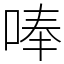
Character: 唪